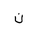
Letter: _non